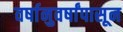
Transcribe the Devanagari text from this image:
वर्षानुवर्षांपासून